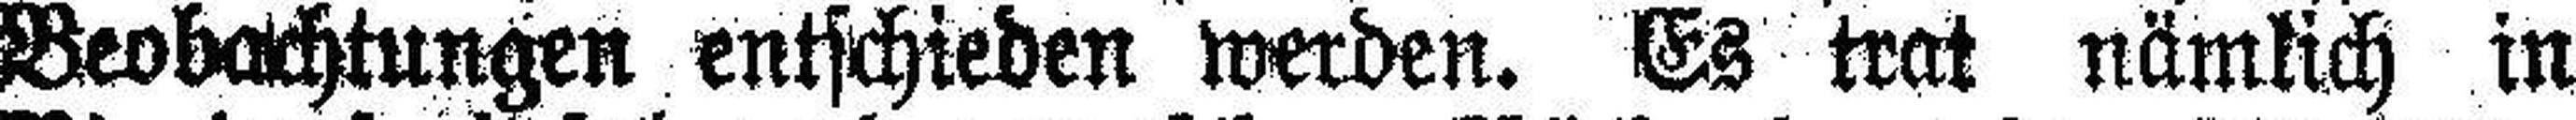
Beobachtungen entschieden werden. Es trat nämlich in